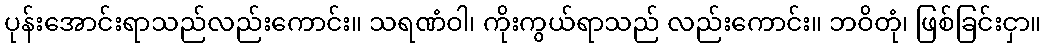
ပုန်းအောင်းရာသည်လည်းကောင်း။ သရဏံဝါ၊ ကိုးကွယ်ရာသည် လည်းကောင်း။ ဘဝိတုံ၊ ဖြစ်ခြင်းငှာ။